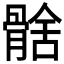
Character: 𩩗